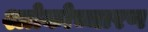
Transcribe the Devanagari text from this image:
श्लोकोच्चारण